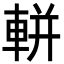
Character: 軿